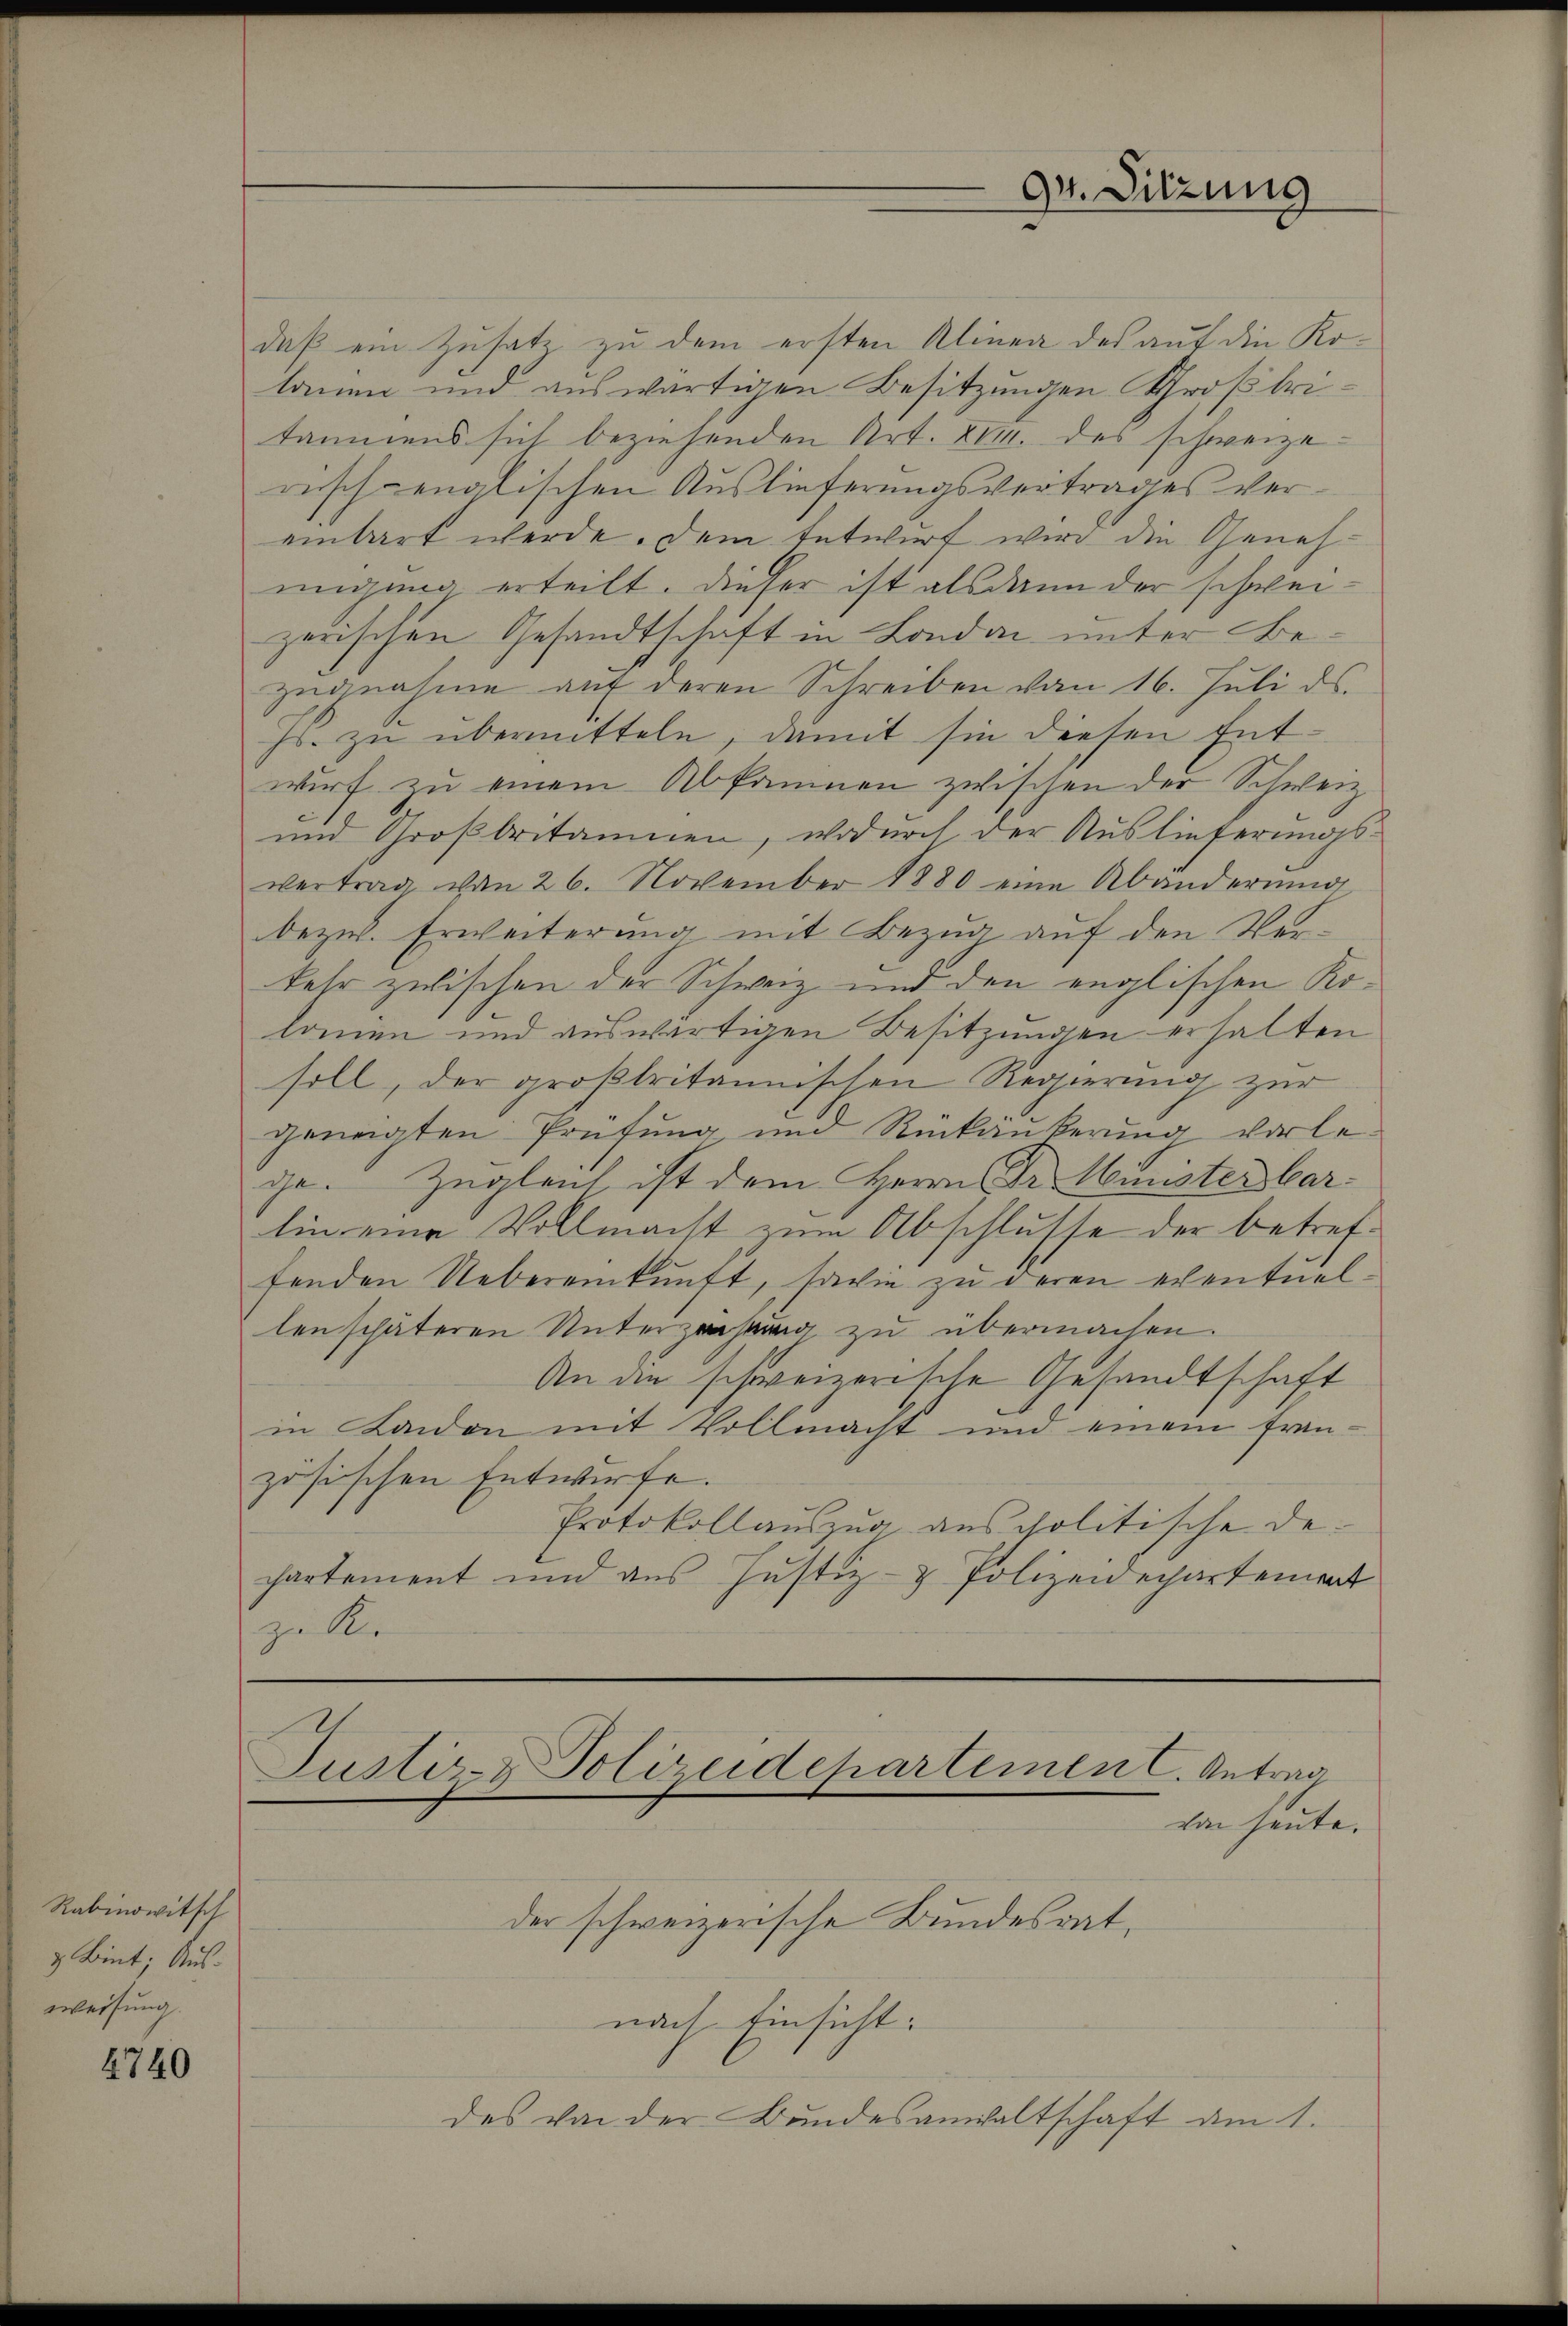
Rabinowitsch
& Bint; Ausweisung.

4740

daß ein Zusatz zu dem ersten Alinea des auf die Kolauen und auswärtigen Besitzungen Großbritäumens sich beziehenden Art. XIII. des schweizerisch englischen Auslieferungsvertrages vereinbart werde. Dem Entwurf wird die Genehmigung erteilt. Dieser ist alsdann der schweizerischen Gesandtschaft in London unter Bezugnahme auf deren Schreiben vom 16. Juli ds.
Fs. zu übermitteln, damit sie diesen Entwurf zu einem Abkommen zwischen der Schweiz.
und Großbritannen, wodurch der Auslieferungs-
vertrag von 26. November 1880 eine Abänderung
bezw. Erweiterung mit Bezug auf den Verkehr zwischen der Schweiz und den englischen Kolonien und auswärtigen Besitzungen erhalten
soll, der großbritannischen Regierung zur
geneigten Prüfung und Rückäukerung vorlege. Zugleich ist dem Herrn Dr. Minister barlin eine Vollmacht zum Abschlusse der betreffenden Uebereinkunft, sowie zu deren eventuellen schäteren Unterzeichnung zu übermachen.
An die schweizerische Gesandtschaft
in London mit Vollmacht und einem fran-
zösischen Entwurfe.
Protokollauszug aus politische Dechartement und aus Justiz- & Polizei erhartement
zu Ke

Justiz- & Polizeidepartemen C. Antrag
von heute.

der schweizerische Bundesrat,
nach Einsicht:
des von der Bundesanwaltschaft am 1.

94. Sitzung